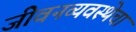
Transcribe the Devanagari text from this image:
जीवनव्यवस्थेचा